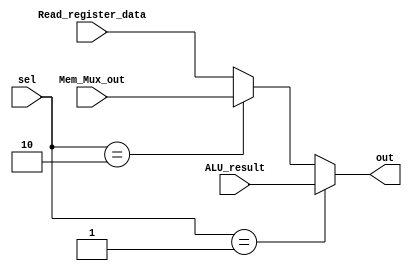
`timescale 1ns / 1ps
//////////////////////////////////////////////////////////////////////////////////
// Company: 
// Engineer: 
// 
// Design Name: 
// Module Name: MUX_2bit
// Project Name: 
// Target Devices: 
// Tool Versions: 
// Description: 
// 
// Dependencies: 
// 
// Revision:
// Revision 0.01 - File Created
// Additional Comments:
// 
//////////////////////////////////////////////////////////////////////////////////


module MUX_2bit(
input [31:0] Read_register_data,ALU_result,Mem_Mux_out,
input [1:0]sel,
output reg [31:0] out

    );
    always@(*)
    begin
    if(sel==1)
    out=ALU_result;
    else if(sel==2)
    out=Mem_Mux_out;
    else
    out =Read_register_data;
    end
//    assign out=(sel==1)?A:B;
endmodule